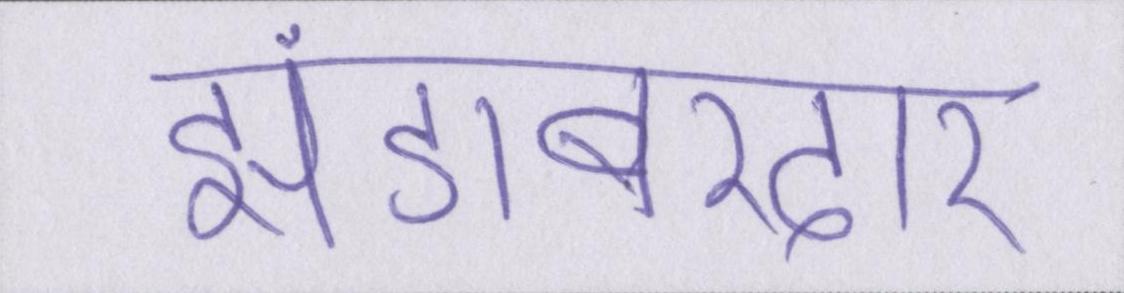
झंडाबरदार